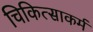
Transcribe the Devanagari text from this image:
चिकित्साकर्म